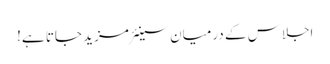
اجلاس کے درمیان سینئر مزید جاتا ہے!